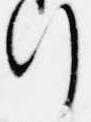
行